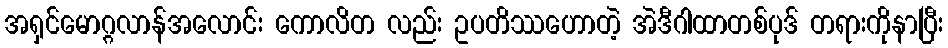
အရှင်မောဂ္ဂလာန်အလောင်း ကောလိတ လည်း ဥပတိဿဟောတဲ့ အဲဒီဂါထာတစ်ပုဒ် တရားကိုနာပြီး